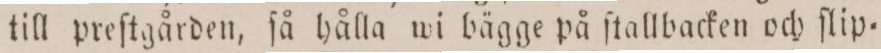
till preſtgården, ſå hålla wi bägge på ſtallbacken och ſlip=